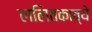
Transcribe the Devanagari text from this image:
ललितकाव्ये